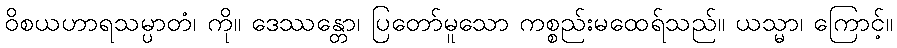
ဝိစယဟာရသမ္ပာတံ၊ ကို။ ဒေဿန္တော၊ ပြတော်မူသော ကစ္စည်းမထေရ်သည်။ ယသ္မာ၊ ကြောင့်။